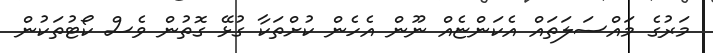
މަރުގެ މައްސަލަތައް އެކަންޏެއް ނޫން އެހެން ކުށްތަކާ ގުޅޭ ގޮތުން ވެސް ކޯޓުތަކުން